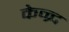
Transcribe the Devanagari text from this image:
केन्र्द